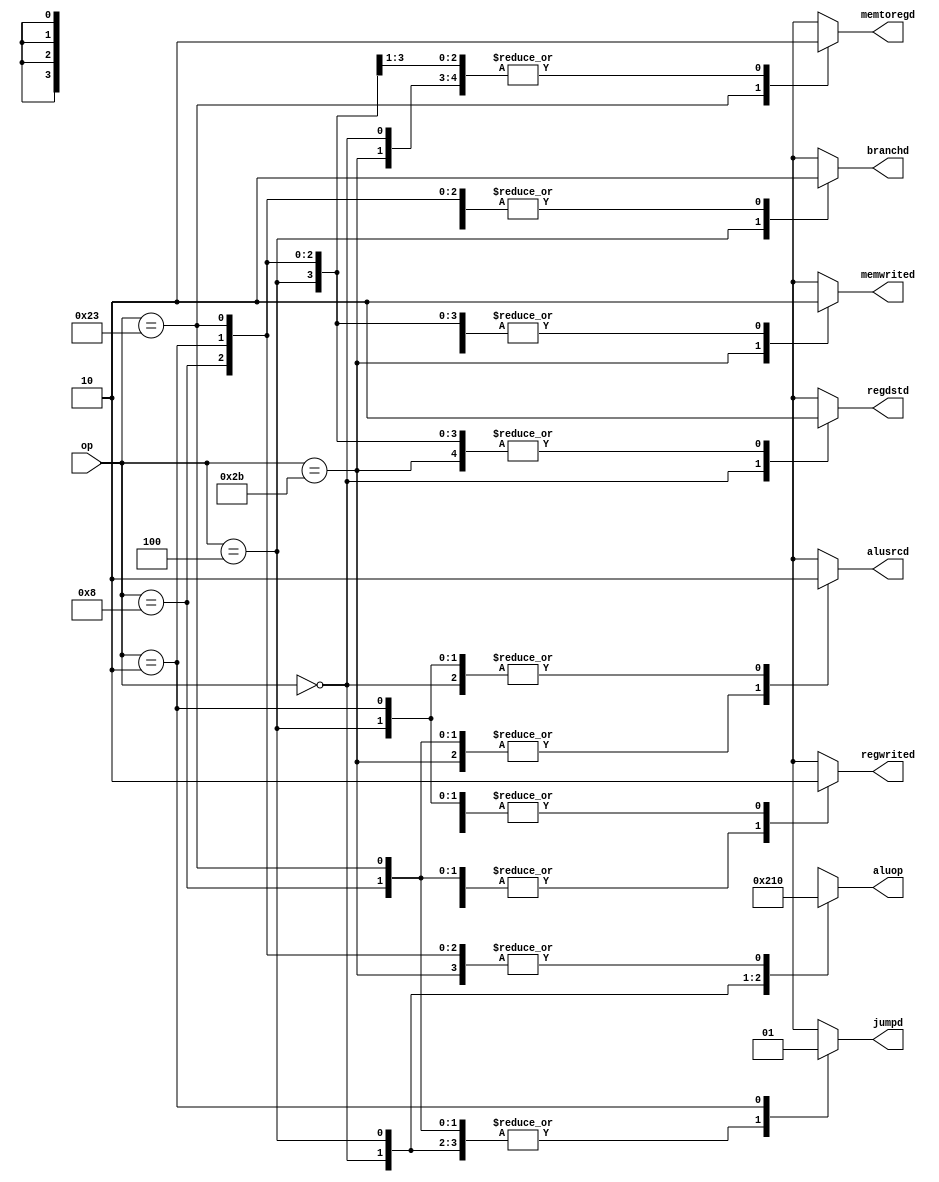
`timescale 1ns / 1ps
//////////////////////////////////////////////////////////////////////////////////
// Company: 
// Engineer: 
// 
// Design Name: 
// Module Name: PipeDecode
// Project Name: 
// Target Devices: 
// Tool Versions: 
// Description: 
// 
// Dependencies: 
// 
// Revision:
// Revision 0.01 - File Created
// Additional Comments:
// 
//////////////////////////////////////////////////////////////////////////////////


module PipeDecode(
    op, regwrited, memtoregd, memwrited, aluop, alusrcd, regdstd, branchd, jumpd
    );
    
    input [5:0] op;
    output  reg memtoregd, regwrited, memwrited;
    output  reg [3:0] aluop;
    output  reg alusrcd, regdstd, branchd, jumpd;  
    
    parameter J     = 6'b000010;  // Opcode for j
    parameter ADDI  = 6'b001000;  // Opcode for addi
    parameter LW    = 6'b100011;  // Opcode for lw
    parameter SW    = 6'b101011;  // Opcode for sw
    parameter RTYPE = 6'b000000;  // Opcode for R-type
    parameter BEQ   = 6'b000100;  // Opcode for beq
    
    initial begin
         regwrited = 1'b0;
         memtoregd = 1'b0;
         memwrited = 1'b0;
         aluop     = 4'b0000;
         alusrcd   = 1'b0;
         regdstd   = 1'b0;
         branchd   = 1'b0;
         jumpd     = 1'b0;
    end
         
    always @(op) begin
        case (op)
        LW: begin
            regwrited = 1'b1;
            memtoregd = 1'b1;
            memwrited = 1'b0;
            aluop     = 4'b0000;
            alusrcd   = 1'b1;
            regdstd   = 1'b0;
            branchd   = 1'b0; 
            jumpd     = 1'b0;
        end
   
        SW: begin
            regwrited = 1'b0;
            memtoregd = 1'b0;
            memwrited = 1'b1;
            aluop     = 4'b0000;
            alusrcd   = 1'b1;
            regdstd   = 1'b0;
            branchd   = 1'b0;
            jumpd     = 1'b0;
        end
         
        RTYPE: begin
            regwrited = 1'b1;
            memtoregd = 1'b0;
            memwrited = 1'b0;
            aluop     = 4'b0010;
            alusrcd   = 1'b0;
            regdstd   = 1'b1;
            branchd   = 1'b0;
            jumpd     = 1'b0;
        end
        
        BEQ: begin
            regwrited = 1'b0;
            memtoregd = 1'b0;
            memwrited = 1'b0;
            aluop     = 4'b0001;
            alusrcd   = 1'b0;
            regdstd   = 1'b0;
            branchd   = 1'b1;
            jumpd     = 1'b0;
        end
         
        ADDI: begin
            regwrited = 1'b1;
            memtoregd = 1'b0;
            memwrited = 1'b0;
            aluop     = 4'b0000;
            alusrcd   = 1'b1;
            regdstd   = 1'b0;
            branchd   = 1'b0;
            jumpd     = 1'b0;
         end
         
        J: begin
            regwrited = 1'b0;
            memtoregd = 1'b0;
            memwrited = 1'b0;
            aluop     = 4'b0000;
            alusrcd   = 1'b0;
            regdstd   = 1'b0;
            branchd   = 1'b0;
            jumpd     = 1'b1;
         end
         
        default: begin
            regwrited = 1'bx;
            memtoregd = 1'bx;
            memwrited = 1'bx;
            aluop     = 4'bxxxx;
            alusrcd   = 1'bx;
            regdstd   = 1'bx;
            branchd   = 1'bx;
            jumpd     = 1'bx;
        end
        
        endcase
     end    
     
endmodule